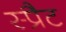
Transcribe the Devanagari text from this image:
स्प्रैट